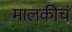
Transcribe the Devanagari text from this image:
मालकीचं